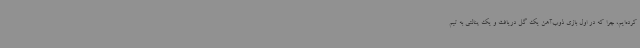
کرده‌ایم، چرا که در اول بازی ذوب‌آهن یک گل دریافت و یک پنالتی به تیم